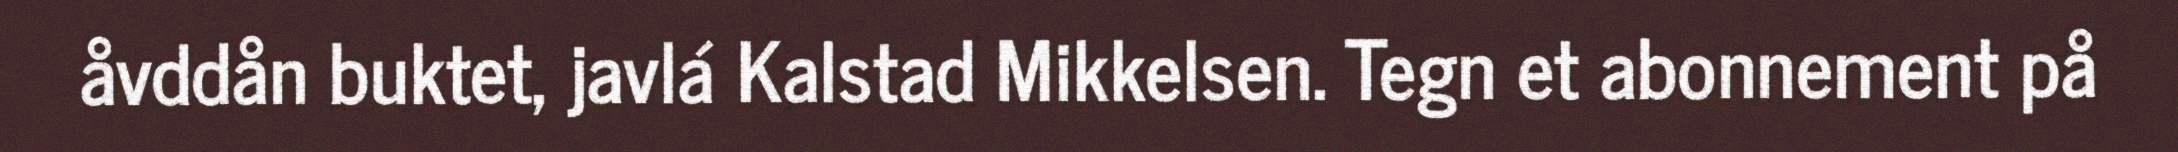
åvddån buktet, javlá Kalstad Mikkelsen. Tegn et abonnement på